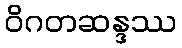
ဝိဂတဆန္ဒဿ